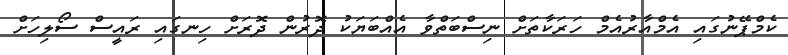
ކެމްޕޭނުގައި އެމްއާރުއެމް ހަރަކާތަށް ނިސްބަތްވާ އެއްބަޔަކު ދޮރުން ދޮރަށް ހިނގައި ރައީސް ސޯލިހަށް